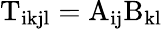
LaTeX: \mathrm{T}_{\mathrm{ikjl}}=\mathrm{A}_{\mathrm{ij}}\mathrm{B}_{\mathrm{kl}}